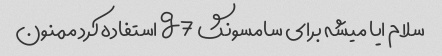
سلام ایا میشه برای سامسونگ g7 استفاده کرد ممنون